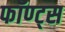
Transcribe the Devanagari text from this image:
फॉण्ट्स